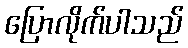
ပြောလိုက်ပါသည်